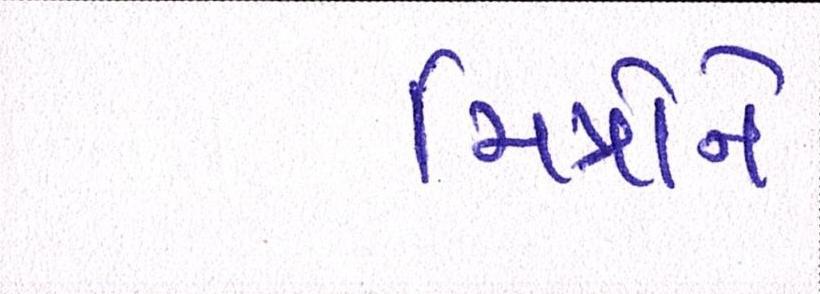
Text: મિત્રોને